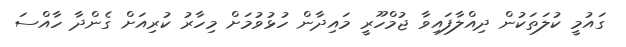
ގައުމީ ކުލަތަކުން ދިއްލާފައިވާ ޖުމްހޫރީ މައިދާން ހުޅުވުމަށް މިހާރު ކުރިއަށް ގެންދާ ހާއްސަ